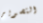
التصوير